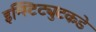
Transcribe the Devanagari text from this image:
इन्स्टिट्युटकडे